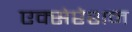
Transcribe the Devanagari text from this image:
एक्सेप्टेशन